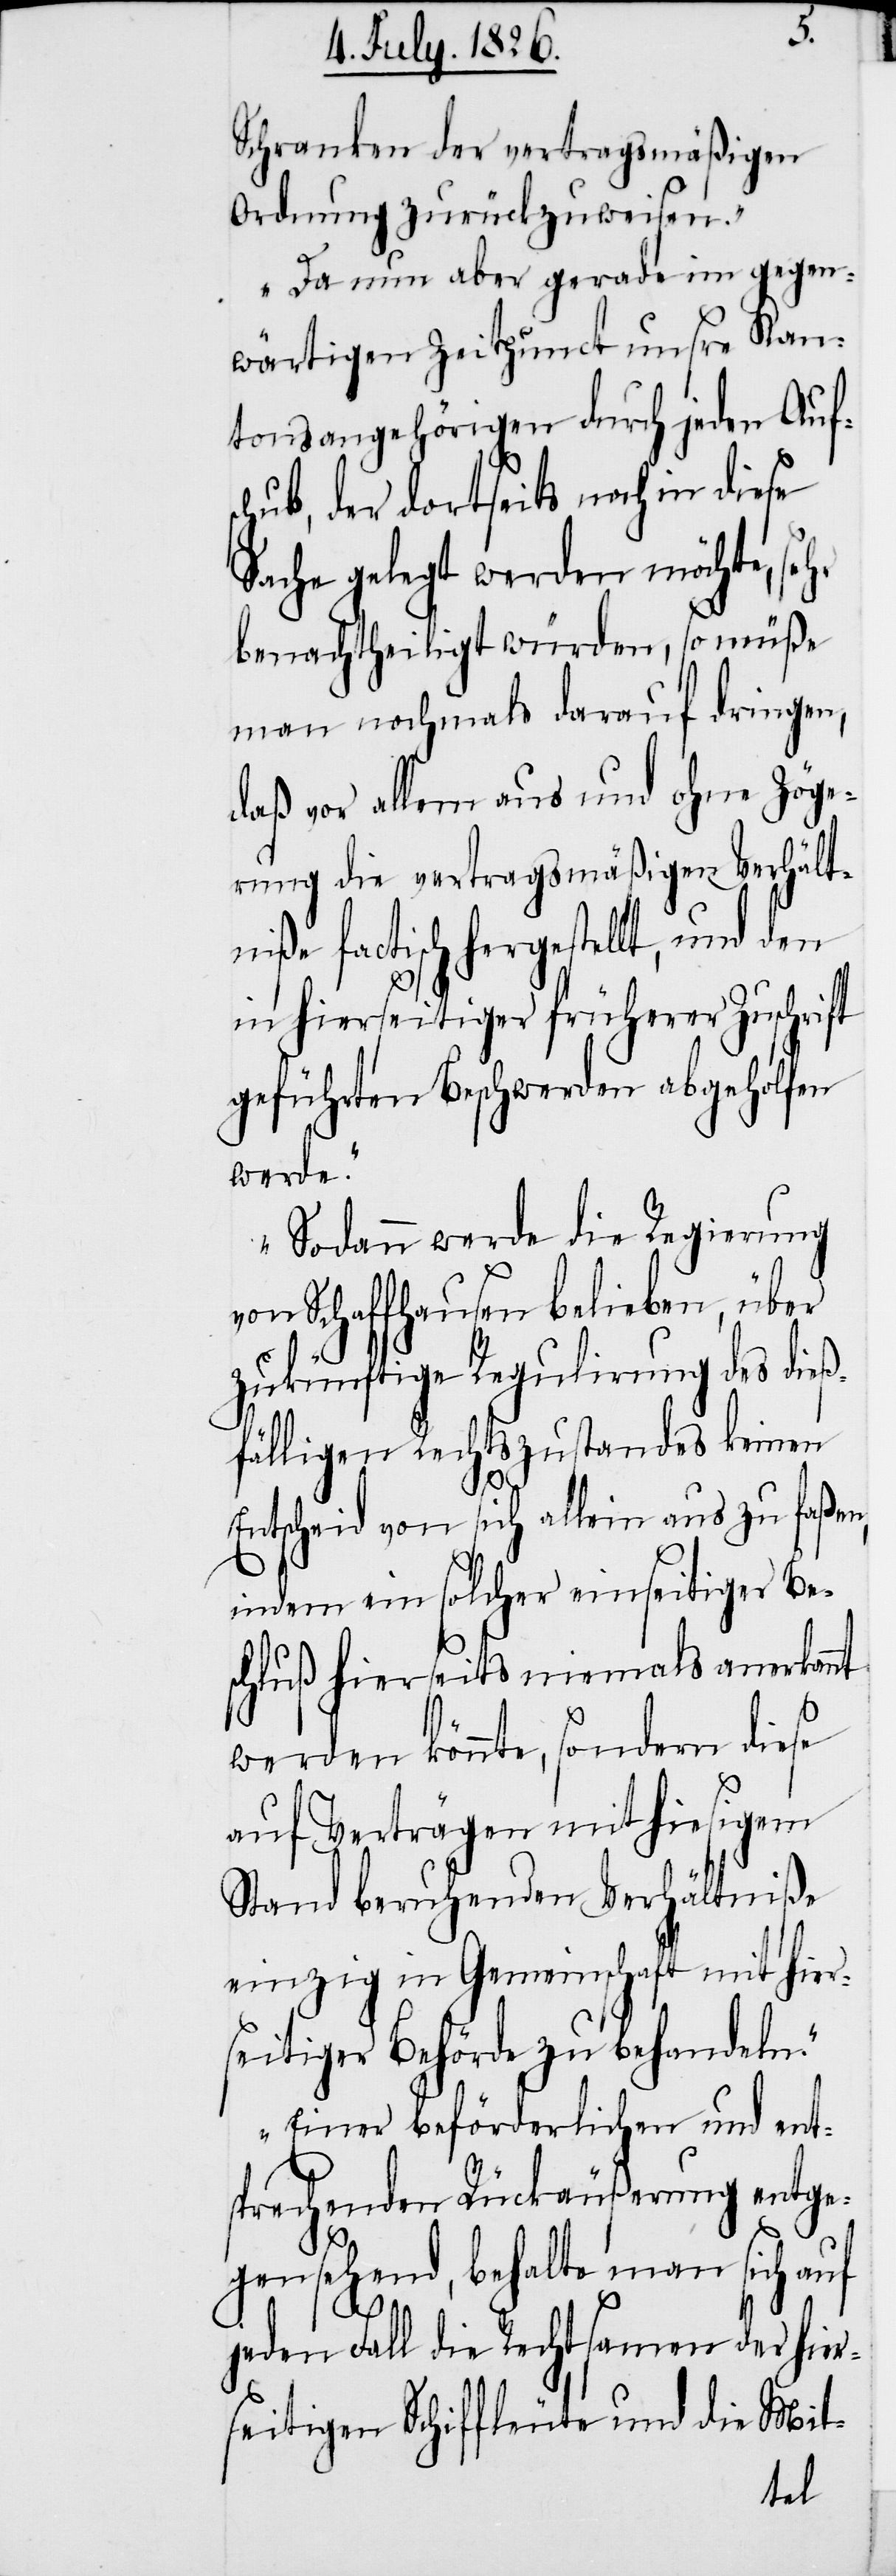
Schranken der vertragsmäßigen
Ordnung zurückzuweisen.
Da nun aber gerade im gegen¬
wärtigen Zeitpunct unsere Kan¬
tonsangehörigen durch jeden Aufs¬
chub, der dortseits noch in diese
Sache gelegt werden möchte, sehr
benachtheiligt würden, so müße
man nochmals darauf dringen,
daß vor allem aus und ohne Zöge¬
rung die vertragsmäßigen Verhält¬
niße factisch hergestellt, und den
in hierseitiger früherer Zuschrift
geführten Beschwerden abgeholfen
werde.
Sodann werde die Regierung
von Schaffhausen belieben, über
zukünftige Regulirung des die¬
ßfälligen Rechtszustandes keinen
Entscheid von sich allein aus zu faßen,
indem ein solcher einseitiger Be¬
schluß hierseits niemals anerka¬
werden könnte, sondern dieses
auf Verträgen mit hiesigem
Stand beruhenden Verhältniße
einzig in Gemeinschaft mit hier¬
seitiger Behörde zu behandeln.
Einer beförderlichen und ent¬
sprechenden Rückäußerung entge¬
gensehend, behalte man sich auf
jeden Fall die Rechtsamen der hier¬
seitigen Schiffleute und die Mit-
nt